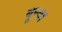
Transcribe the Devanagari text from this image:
बून्दा